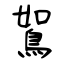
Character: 鴽